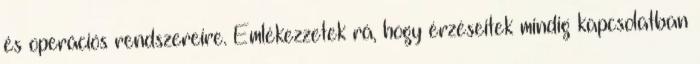
és operációs rendszereire. Emlékezzetek rá, hogy érzéseitek mindig kapcsolatban